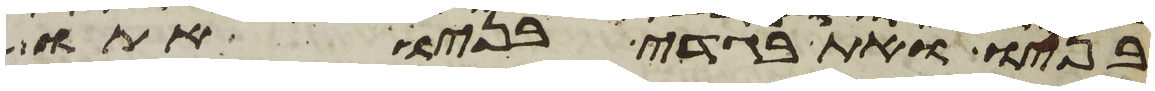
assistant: בניו ואת בגדי בניו אתו